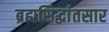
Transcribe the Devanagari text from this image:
ब्रह्मसिद्धांतसार